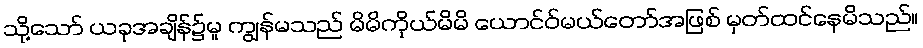
သို့သော် ယခုအချိန်၌မူ ကျွန်မသည် မိမိကိုယ်မိမိ ယောင်ဝ်မယ်တော်အဖြစ် မှတ်ထင်နေမိသည်။